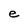
Character: e